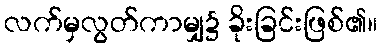
လက်မှလွတ်ကာမျှ၌ ခိုးခြင်းဖြစ်၏။